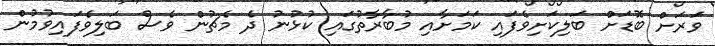
ވަރަށް ބޮޑަށް ބަލިކަށިވެފައި ކަމަށާއި މުބާރާތުގައި ކުޅުނު ދެ މެޗުން ވެސް ބަލިވެފައިވުމުން